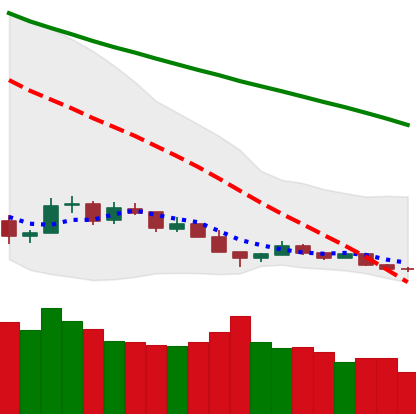
Ticker: BTC-USD
Chart end date: 2018-12-15
Forward return: 27.734%
Label: up_7plus